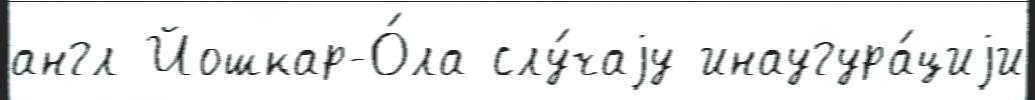
англ Йошкар-О́ла слу́чаjу инаугура́циjи